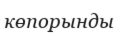
көпорынды